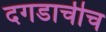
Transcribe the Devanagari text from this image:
दगडाचीच